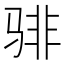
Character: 𬴂